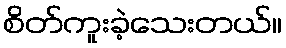
စိတ်ကူးခဲ့သေးတယ်။